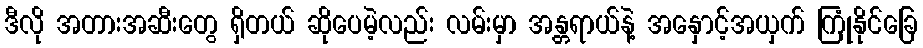
ဒီလို အတားအဆီးတွေ ရှိတယ် ဆိုပေမဲ့လည်း လမ်းမှာ အန္တရာယ်နဲ့ အနှောင့်အယှက် ကြုံနိုင်ခြေ